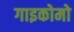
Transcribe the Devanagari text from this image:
गाइकोमो